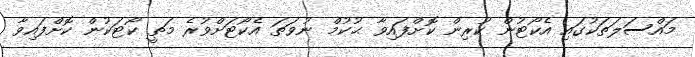
މައްސަލަތަކުގައި އެކޯޓުން ކުރިން ކޮށްފައިވާ ޙުކުމް ނުވަތަ އެކޯޓަށްވުރެ މަތީ ކޯޓަކުން ކޮށްފައިވާ